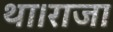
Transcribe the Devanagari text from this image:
था।राजा